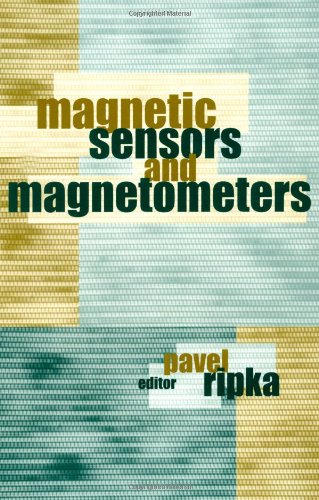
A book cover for Magnetic Sensors and Magnetometers (Artech House Remote Sensing Library); Pavel Ripka; Science & Math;